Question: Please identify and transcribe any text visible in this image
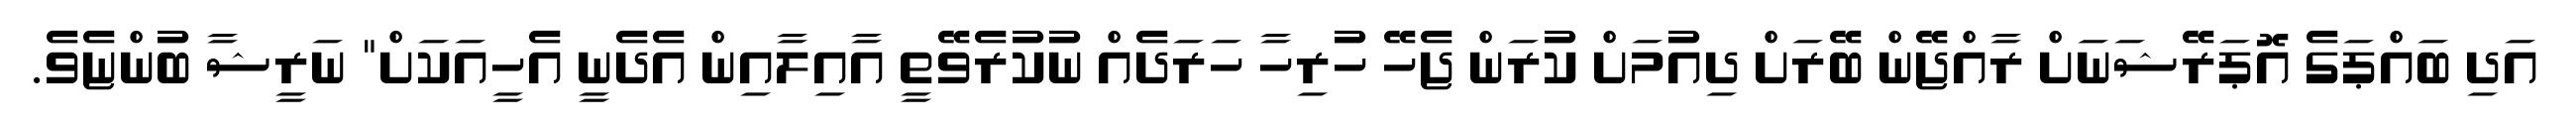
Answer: އަދި ބައްޕަގެ އޮޕަރޭޝަނަށް ރާއްޖޭން ބޭރަށް ދިއުމަށް ކުރަން ޖެހޭ ހުރިހާ ހަރަދެއް ނުކުރެވޭތީ އާއިލާއިން އެދެނީ އެހީއަކަށް" ނަރީޝާ ބުންޏެވެ.